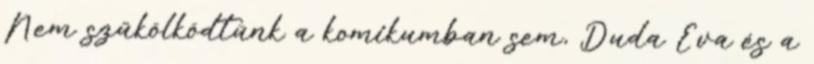
Nem szűkölködtünk a komikumban sem, Duda Éva és a